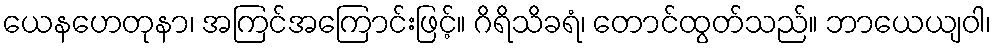
ယေနဟေတုနာ၊ အကြင်အကြောင်းဖြင့်။ ဂိရိသိခရံ၊ တောင်ထွတ်သည်။ ဘာယေယျဝါ၊